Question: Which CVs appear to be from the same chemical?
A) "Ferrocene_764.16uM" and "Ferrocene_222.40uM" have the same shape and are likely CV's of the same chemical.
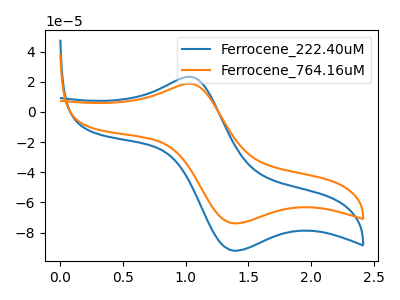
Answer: <think>The blue curve "Ferrocene_222.40uM" has an anodic peak at (1.00V, 23.35uA) and a cathodic peak at (1.40V, -92.00uA). The orange curve "Ferrocene_764.16uM" has an anodic peak at (1.00V, 18.75uA) and a cathodic peak at (1.40V, -73.85uA).
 All the peaks in "Ferrocene_222.40uM" have a peak in "Ferrocene_764.16uM" at the same potential. Every peak in "Ferrocene_222.40uM" is higher than every peak in "Ferrocene_764.16uM".</think>
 <answer>A) "Ferrocene_764.16uM" and "Ferrocene_222.40uM" have the same shape and are likely CV's of the same chemical.</answer>
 <eval>A</eval>